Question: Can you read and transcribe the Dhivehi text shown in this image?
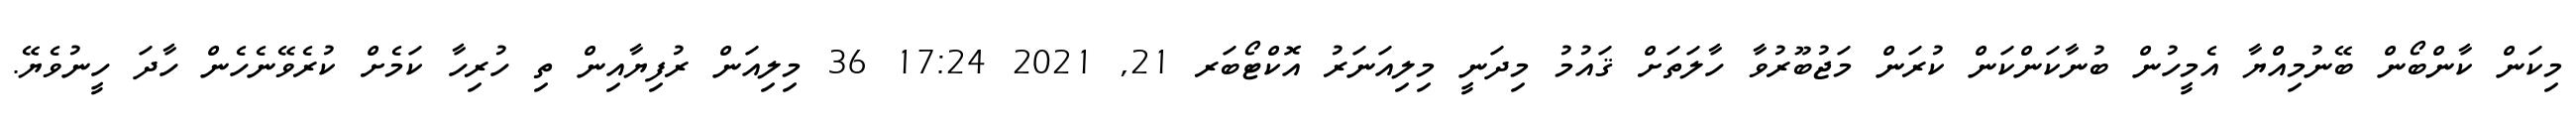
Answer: މިކަން ކާންބޯން ބޭނުމިއްޔާ އެމީހުން ބުނާކަންކަން ކުރަން މަޖުބޫރުވާ ހާލަތަށް ޤައުމު މިދަނީ މިލިއަނަރު އޮކްޓޯބަރ 21, 2021 17:24 36 މިލިއަން ރުފިޔާއިން ތި ހުރިހާ ކަމެށް ކުރެވޭނެހެން ހާދަ ހީނުވެޔޭ.